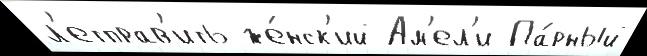
л'етправ'ить же́нск'ий Ам'ел'и Па́рный